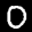
Label: 0